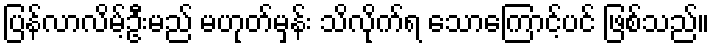
ပြန်လာလိမ့်ဦးမည် မဟုတ်မှန်း သိလိုက်ရ သောကြောင့်ပင် ဖြစ်သည်။